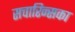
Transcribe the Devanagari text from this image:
सचारिन्सका